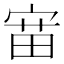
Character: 𫳝